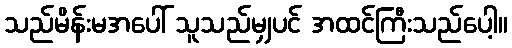
သည်မိန်းမအပေါ် သူသည်မျှပင် အထင်ကြီးသည်ပေါ့။